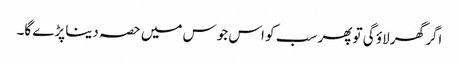
اگر گھر لاؤ گی تو پھر سب کو اس جوس میں حصہ دینا پڑے گا۔